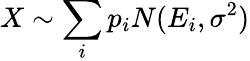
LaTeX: X\sim\sum_{i}p_{i}N(E_{i},\sigma^{2})